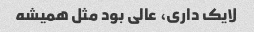
لایک داری، عالی بود مثل همیشه